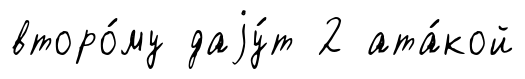
второ́му даjу́т 2 ата́кой